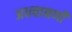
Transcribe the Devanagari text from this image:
अधचानणी